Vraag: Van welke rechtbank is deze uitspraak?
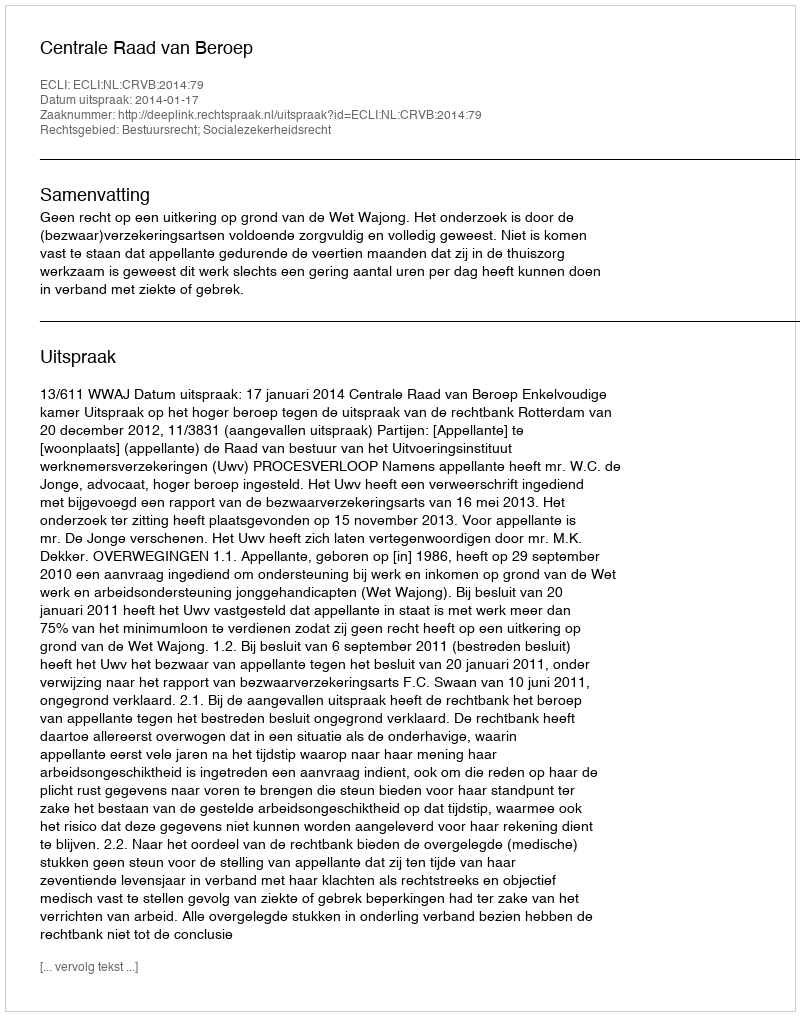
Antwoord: Centrale Raad van Beroep